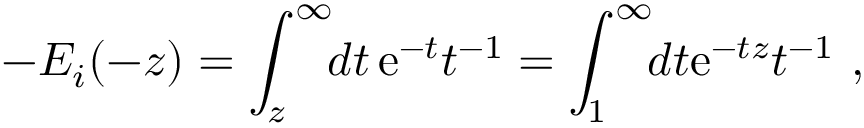
- E _ { i } ( - z ) = \int _ { z } ^ { \infty } \! \! d t \, { \mathrm e } ^ { - t } t ^ { - 1 } = \int _ { 1 } ^ { \infty } \! \! d t { \mathrm e } ^ { - t z } t ^ { - 1 } \ ,